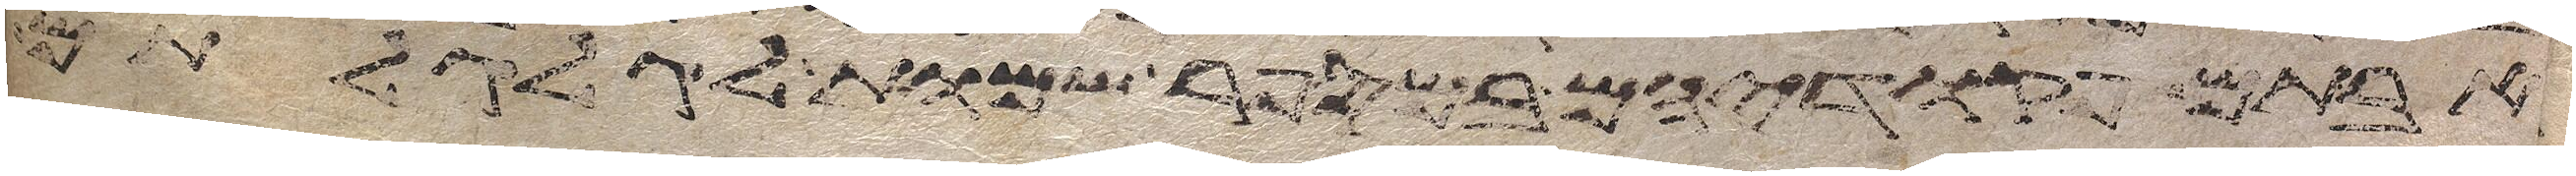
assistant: אבותם פקדיהם במספר שמות לגלגלתם